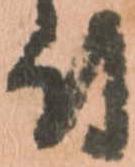
付